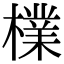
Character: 檏